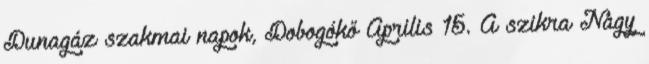
Dunagáz szakmai napok, Dobogókő Április 15. A szikra Nagy